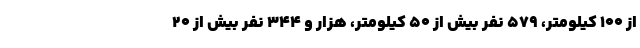
از ۱۰۰ کیلومتر، ۵۷۹ نفر بیش از ۵۰ کیلومتر، هزار و ۳۴۴ نفر بیش از ۲۰